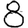
Digit: 8